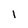
Character: 1